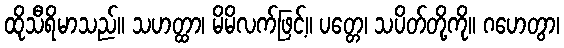
ထိုသီရိမာသည်။ သဟတ္ထာ၊ မိမိလက်ဖြင့်။ ပတ္တေ၊ သပိတ်တို့ကို။ ဂဟေတွာ၊